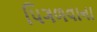
પિગળવાના